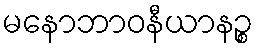
မနောဘာဝနီယာနဉ္စ